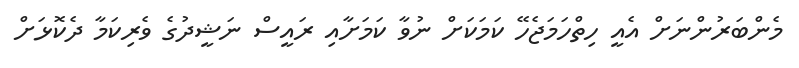
މެންބަރުންނަށް އެއީ ހިތްހަމަޖެހޭ ކަމަކަށް ނުވާ ކަމަށާއި ރައީސް ނަޝީދުގެ ވެރިކަމާ ދެކޮޅަށް